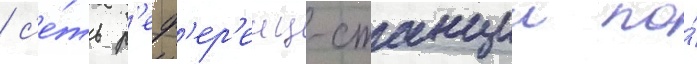
/ с'е́ть р'еф'ер'енц-станции по́